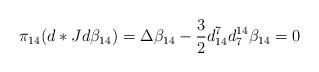
LaTeX: \begin{align*} \pi_{14}(d*Jd\beta_{14})=\Delta \beta_{14} -\frac{3}{2}d_{14}^7d_7^{14}\beta_{14}=0\end{align*}